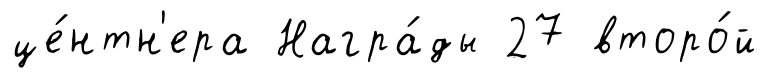
це́нтн'ера Награ́ды 27 второ́й